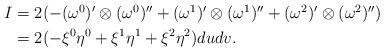
LaTeX: \begin{align*} \begin{aligned} I&=2(-(\omega^0)'\otimes(\omega^0)''+(\omega^1)'\otimes(\omega^1)''+(\omega^2)'\otimes(\omega^2)'')\\ &=2(-\xi^0\eta^0+\xi^1\eta^1+\xi^2\eta^2)dudv. \end{aligned}\end{align*}